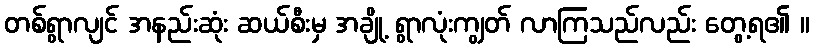
တစ်ရွာလျင် အနည်းဆုံး ဆယ်စီးမှ အချို့ ရွာလုံးကျွတ် လာကြသည်လည်း တွေ့ရ၏ ။